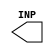
module RING_OSCILLATOR(
	output INP
);

endmodule